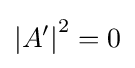
\left|A'\right|^{2}=0